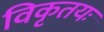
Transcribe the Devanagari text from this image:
विकृतयः